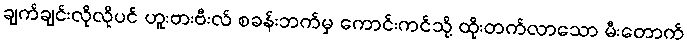
ချက်ချင်းလိုလိုပင် ဟူးဗားဗီးလ် စခန်းဘက်မှ ကောင်းကင်သို့ ထိုးတက်လာသော မီးတောက်